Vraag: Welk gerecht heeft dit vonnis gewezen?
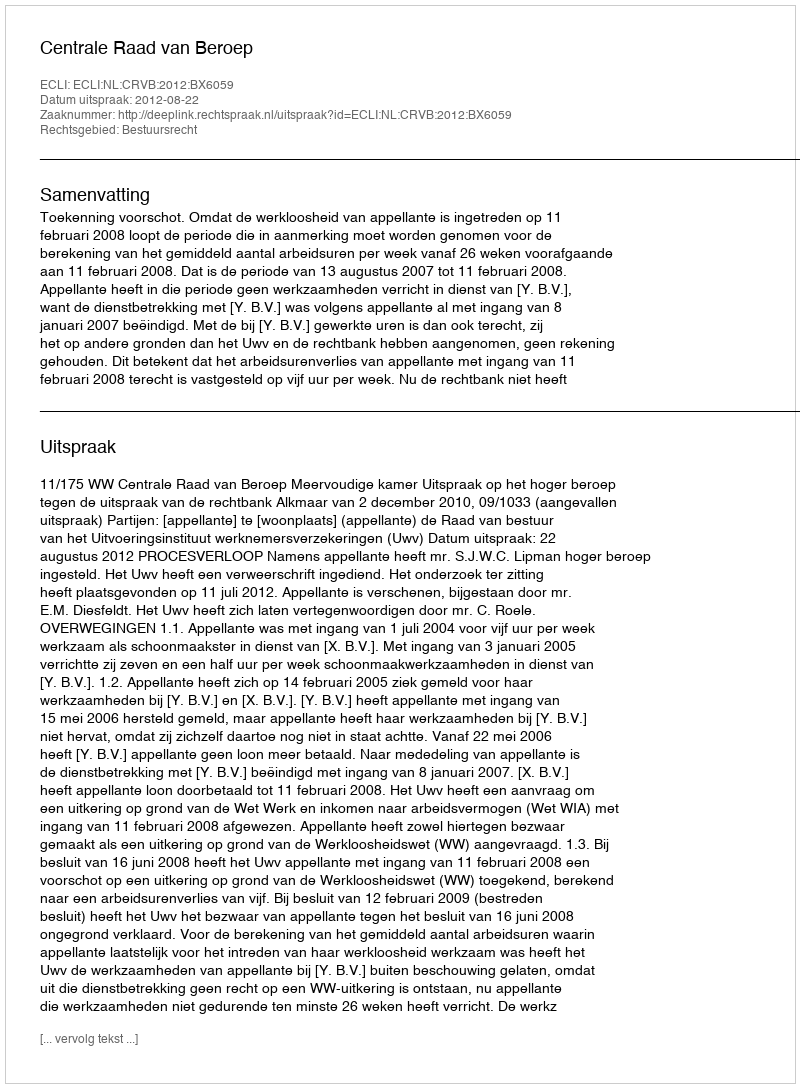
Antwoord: Centrale Raad van Beroep